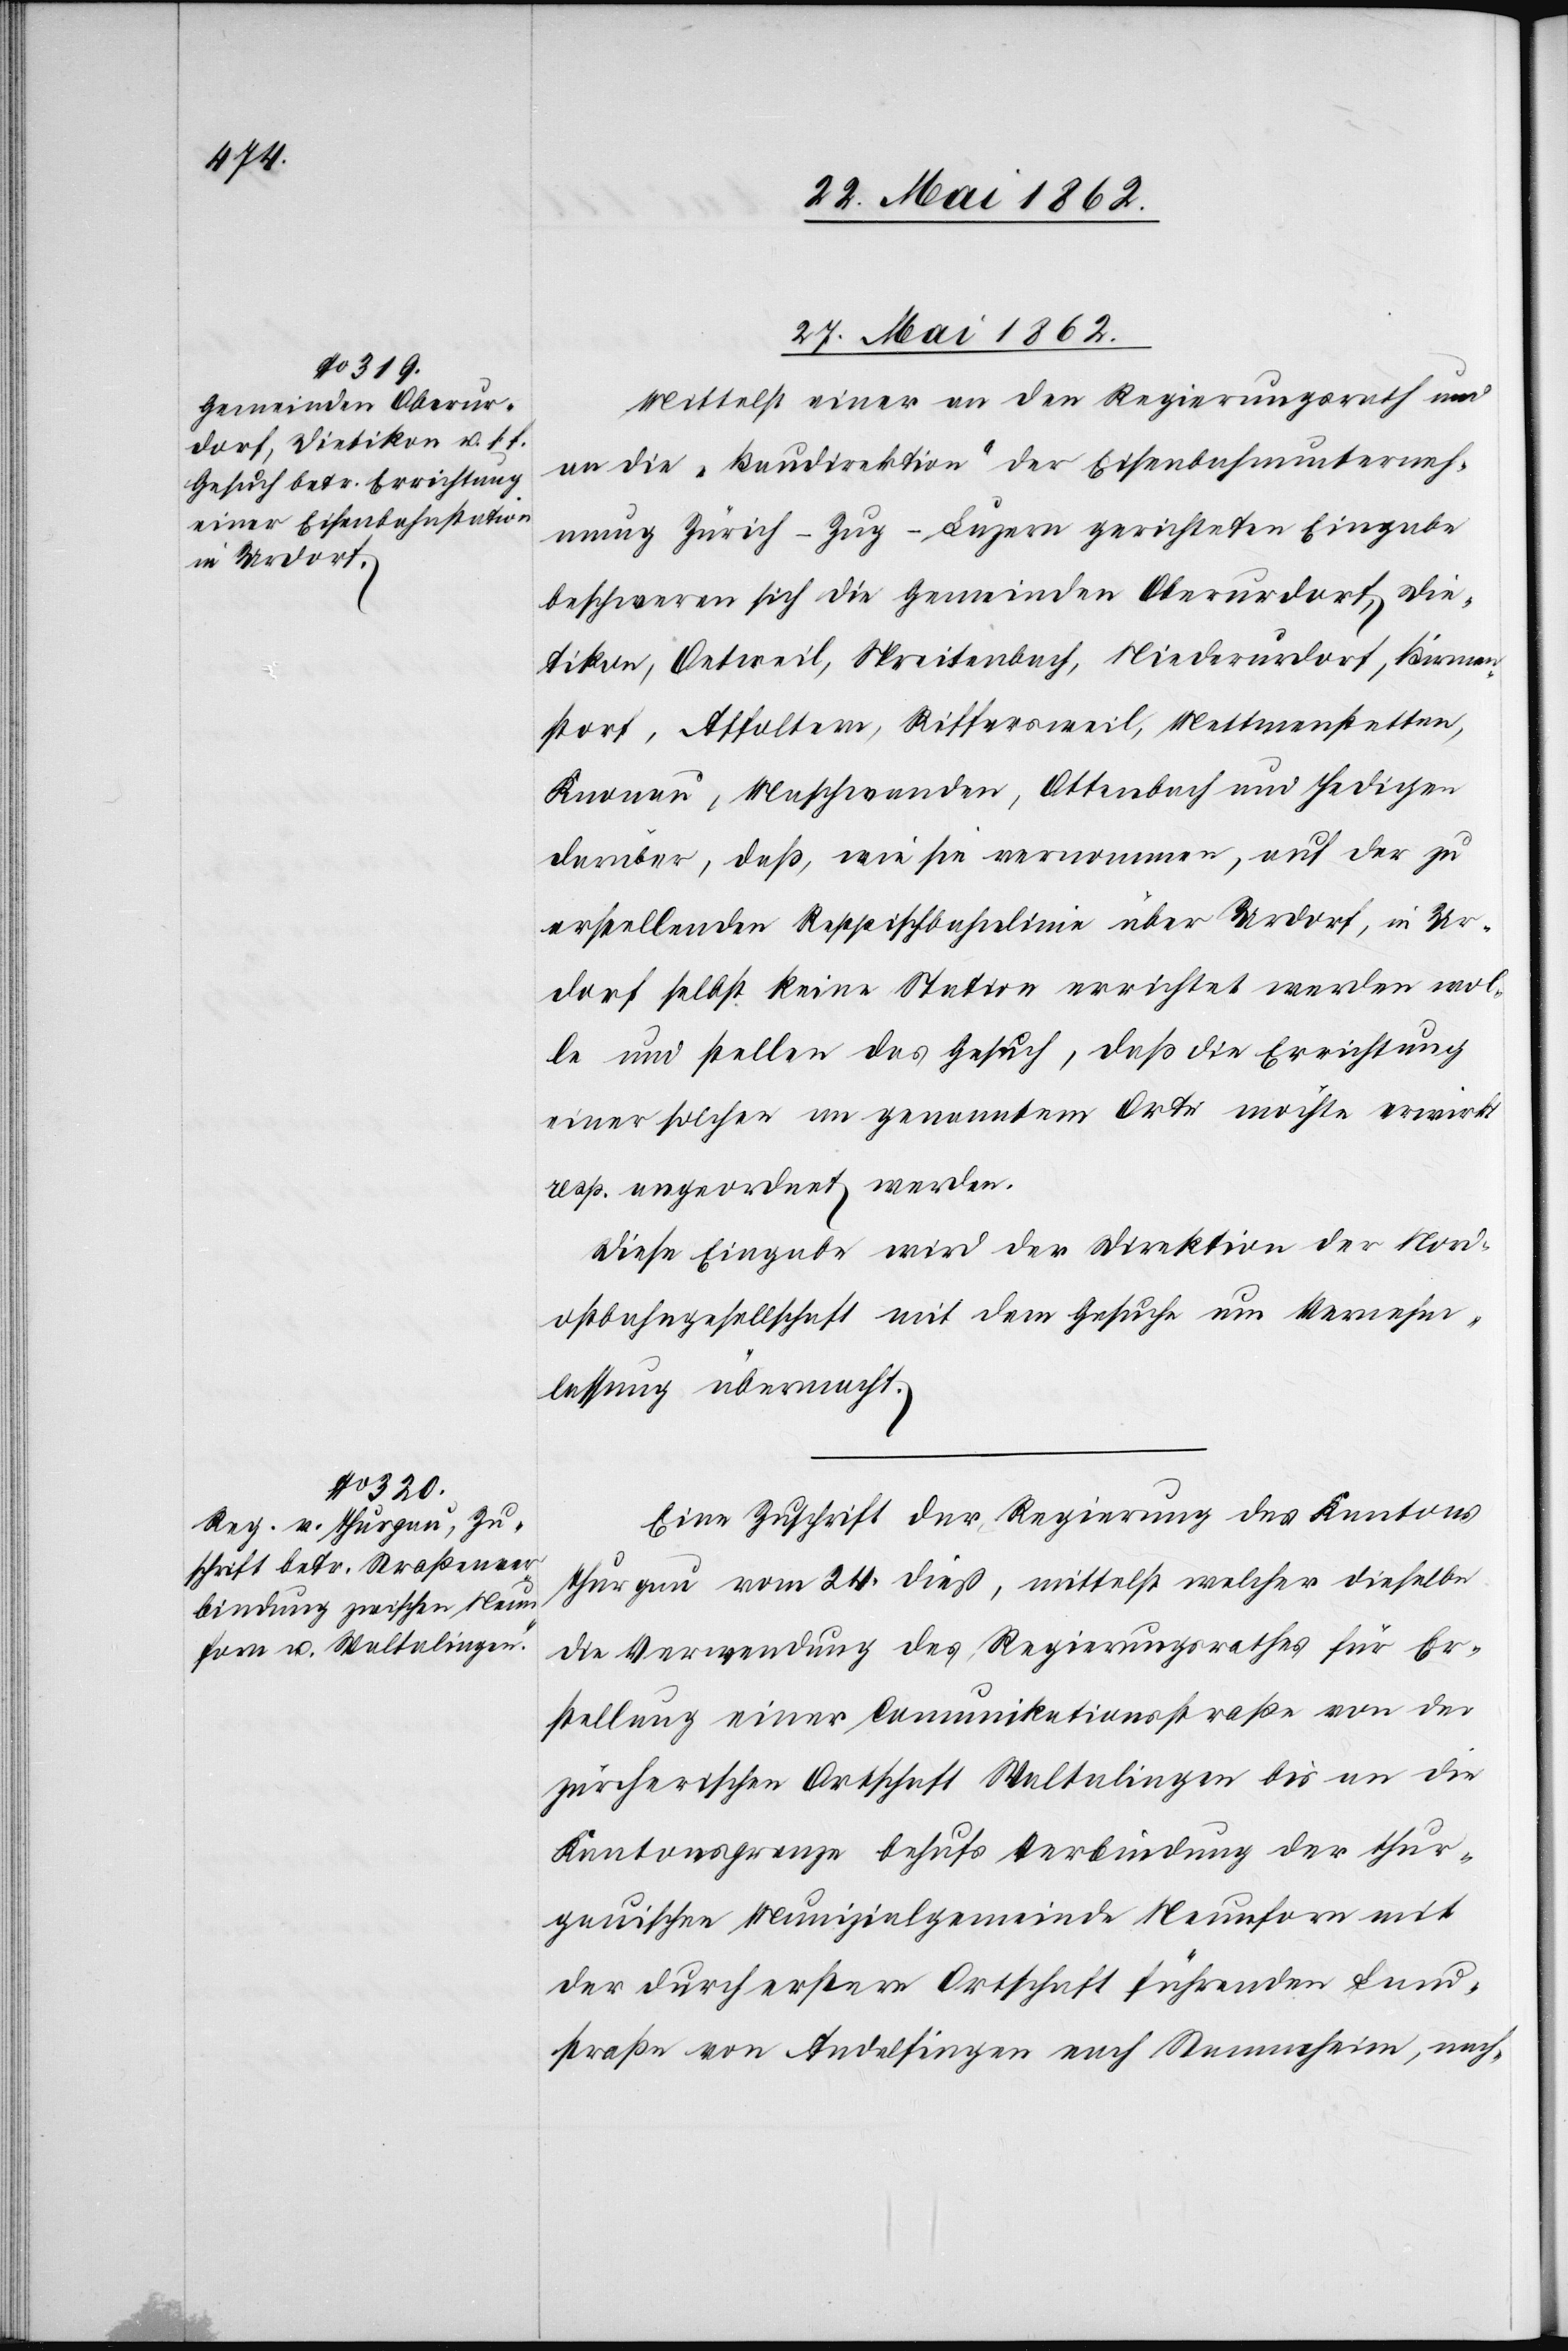
27. Mai 1862.]
Mittelst einer an den Regierungsrath und
an die „Baudirektion“ der Eisenbahnunterneh¬
mung Zürich–Zug–Luzern gerichteten Eingabe
beschweren sich die Gemeinden Oberurdorf, Die¬
tikon, Oetweil, Spreitenbach, Niederurdorf, Bärent¬
storf, Affoltern, Riffersweil, Mettmenstetten,
Knonau, Maschwanden, Ottenbach und Hedigen
darüber, daß wie sie vernommen, auf der zu
erstellenden Reppischbahnlinie über Urdorf, in Ur¬
dorf selbst keine Station errichtet werden wol¬
le und stellen das Gesuch, daß die Errichtung
einer solchen an genanntem Orte möchte erwirkt
resp. angeordnet werden.
Diese Eingabe wird der Direktion der Nord¬
ostbahngesellschaft mit dem Gesuche um Vernehm¬
lassung übermacht.
Eine Zuschrift der Regierung des Kantons
Thurgau vom 24, dieß, mittelst welcher dieselbe
die Verwendung des Regierungsrathes für Er¬
stellung einer Communikationsstraße von der
zürcherischen Ortschaft Waltlingen bis an die
Kantonsgrenze behufs Verbindung der thur¬
gauischen Munizipalgemeinde Neunforn mit
der durch erster Ortschaft führenden Land¬
straße von Andelfingen nach Stammheim, nach-